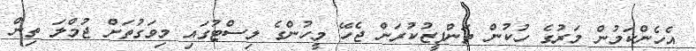
އެހެންކަމުން މަރުގެ ހުކުން ތަންފީޒުކުރަން ޖެހޭ މީހުންގެ ލިސްޓުގައި މިވަގުތަށް ޖުމްލަ ތިން